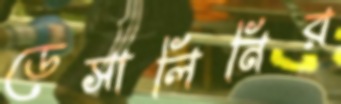
ডেসালিনির